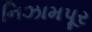
નિઝામપૂર